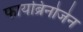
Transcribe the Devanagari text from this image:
फायब्रिनोजेन